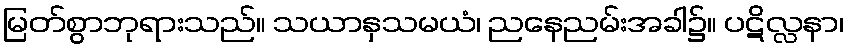
မြတ်စွာဘုရားသည်။ သယာနှသမယံ၊ ညနေညမ်းအခါ၌။ ပဋိလ္လနာ၊